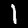
Label: 1